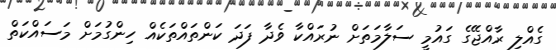
ގެއްލި ރާއްޖޭގެ ގައުމީ ސަލާމަތަށް ނުރައްކާ ވެދާ ފަދަ ކަންތައްތަކެއް ހިންގުމަށް މަަސައްކަތް